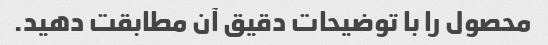
محصول را با توضیحات دقیق آن مطابقت دهید.